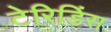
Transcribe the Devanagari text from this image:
टेरिडिंस